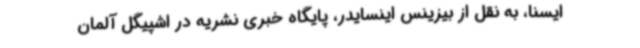
ایسنا، به نقل از بیزینس اینسایدر، پایگاه خبری نشریه در اشپیگل آلمان